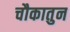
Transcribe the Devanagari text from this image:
चौकातुन